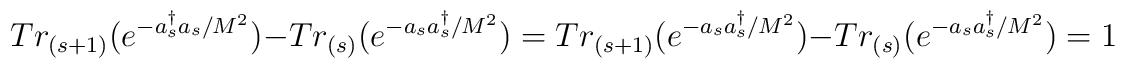
Tr_{(s+1)}(e^{-a^{\dagger}_{s}a_{s}/M^{2}})-Tr_{(s)}(e^{- a_{s}a^{\dagger}_{s}/M^{2}}) =Tr_{(s+1)}(e^{-a_{s}a^{\dagger}_{s}/M^{2}})-Tr_{(s)}(e^{- a_{s}a^{\dagger}_{s}/M^{2}}) = 1